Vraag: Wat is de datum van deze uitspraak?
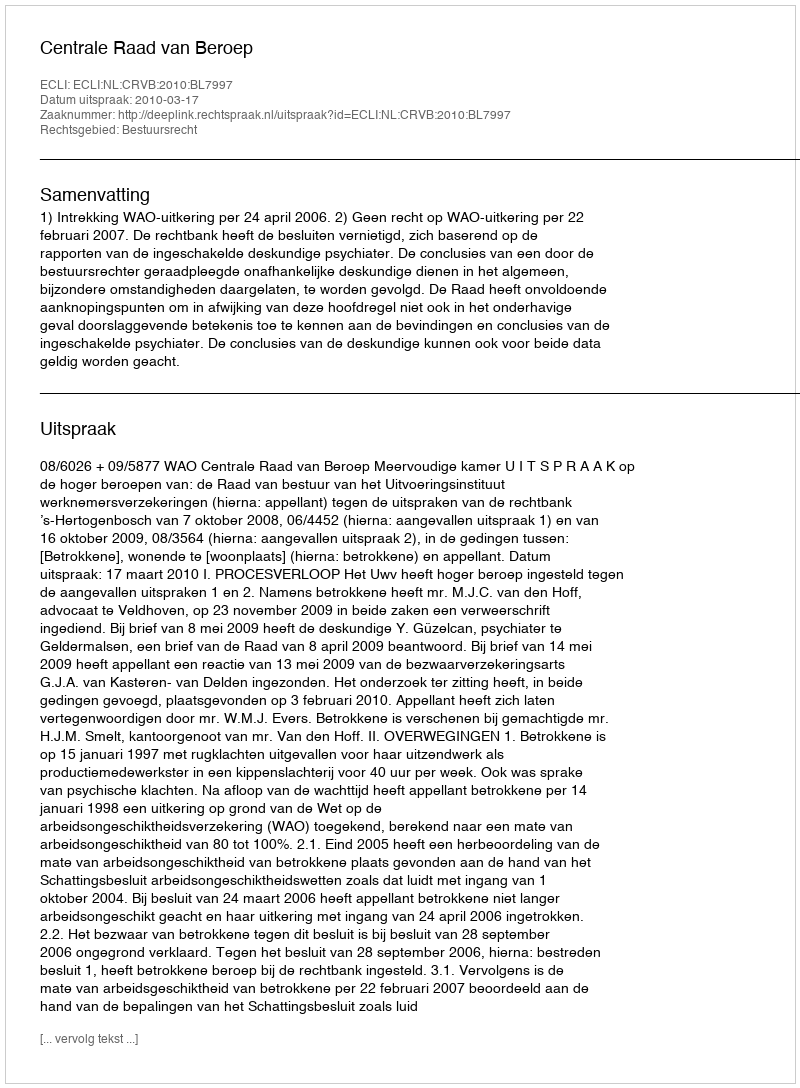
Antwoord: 2010-03-17